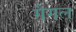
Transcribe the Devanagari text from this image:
गैगल